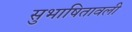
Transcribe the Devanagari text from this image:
सुभाषितावली